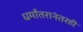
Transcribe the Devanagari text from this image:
धर्मांतरानंतरही